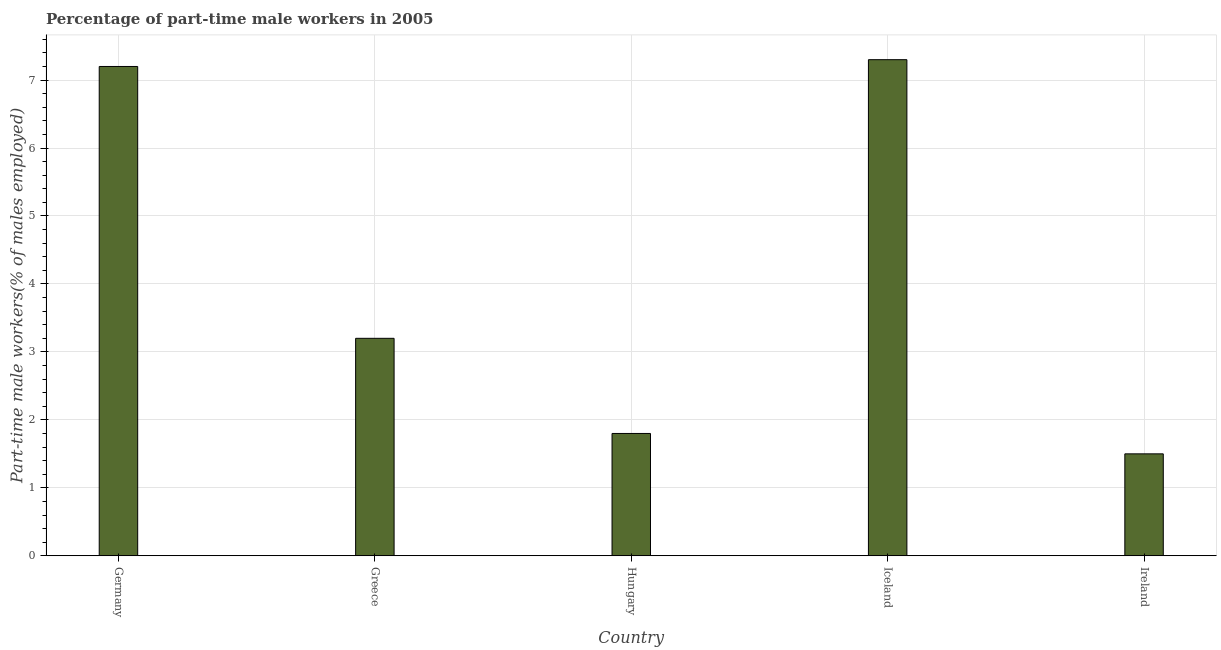
| Country | Part time employment |
 | --- | --- |
 | Germany | 7.2 |
 | Greece | 3.2 |
 | Hungary | 1.8 |
 | Iceland | 7.3 |
 | Ireland | 1.5 |